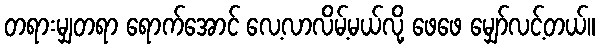
တရားမျှတရာ ရောက်အောင် လေ့လာလိမ့်မယ်လို့ ဖေဖေ မျှော်လင့်တယ်။